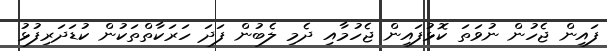
ފައިން ޖެހުން ނުވަތަ ކޮޅުފައިން ޖެހުމާއި ދެމި ލެބުން ފަދަ ހަރަކާތްތަކުން ކުޑަދަރިފުޅު